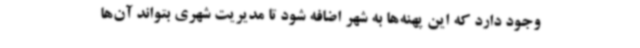
وجود دارد که این پهنه‌ها به شهر اضافه شود تا مدیریت شهری بتواند آن‌ها